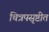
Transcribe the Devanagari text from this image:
चित्रपसृष्टीत